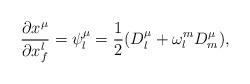
LaTeX: \begin{align*}\frac{\partial x^{\mu}}{\partial x^{l}_{f}}=\psi^{\mu}_{l}=\frac{1}{2}(D^{\mu}_{l}+\omega^{m}_{l}D^{\mu}_{m}),\end{align*}